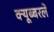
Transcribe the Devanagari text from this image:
क्यूब्बरले